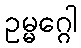
ဥမ္မဂ္ဂေါ